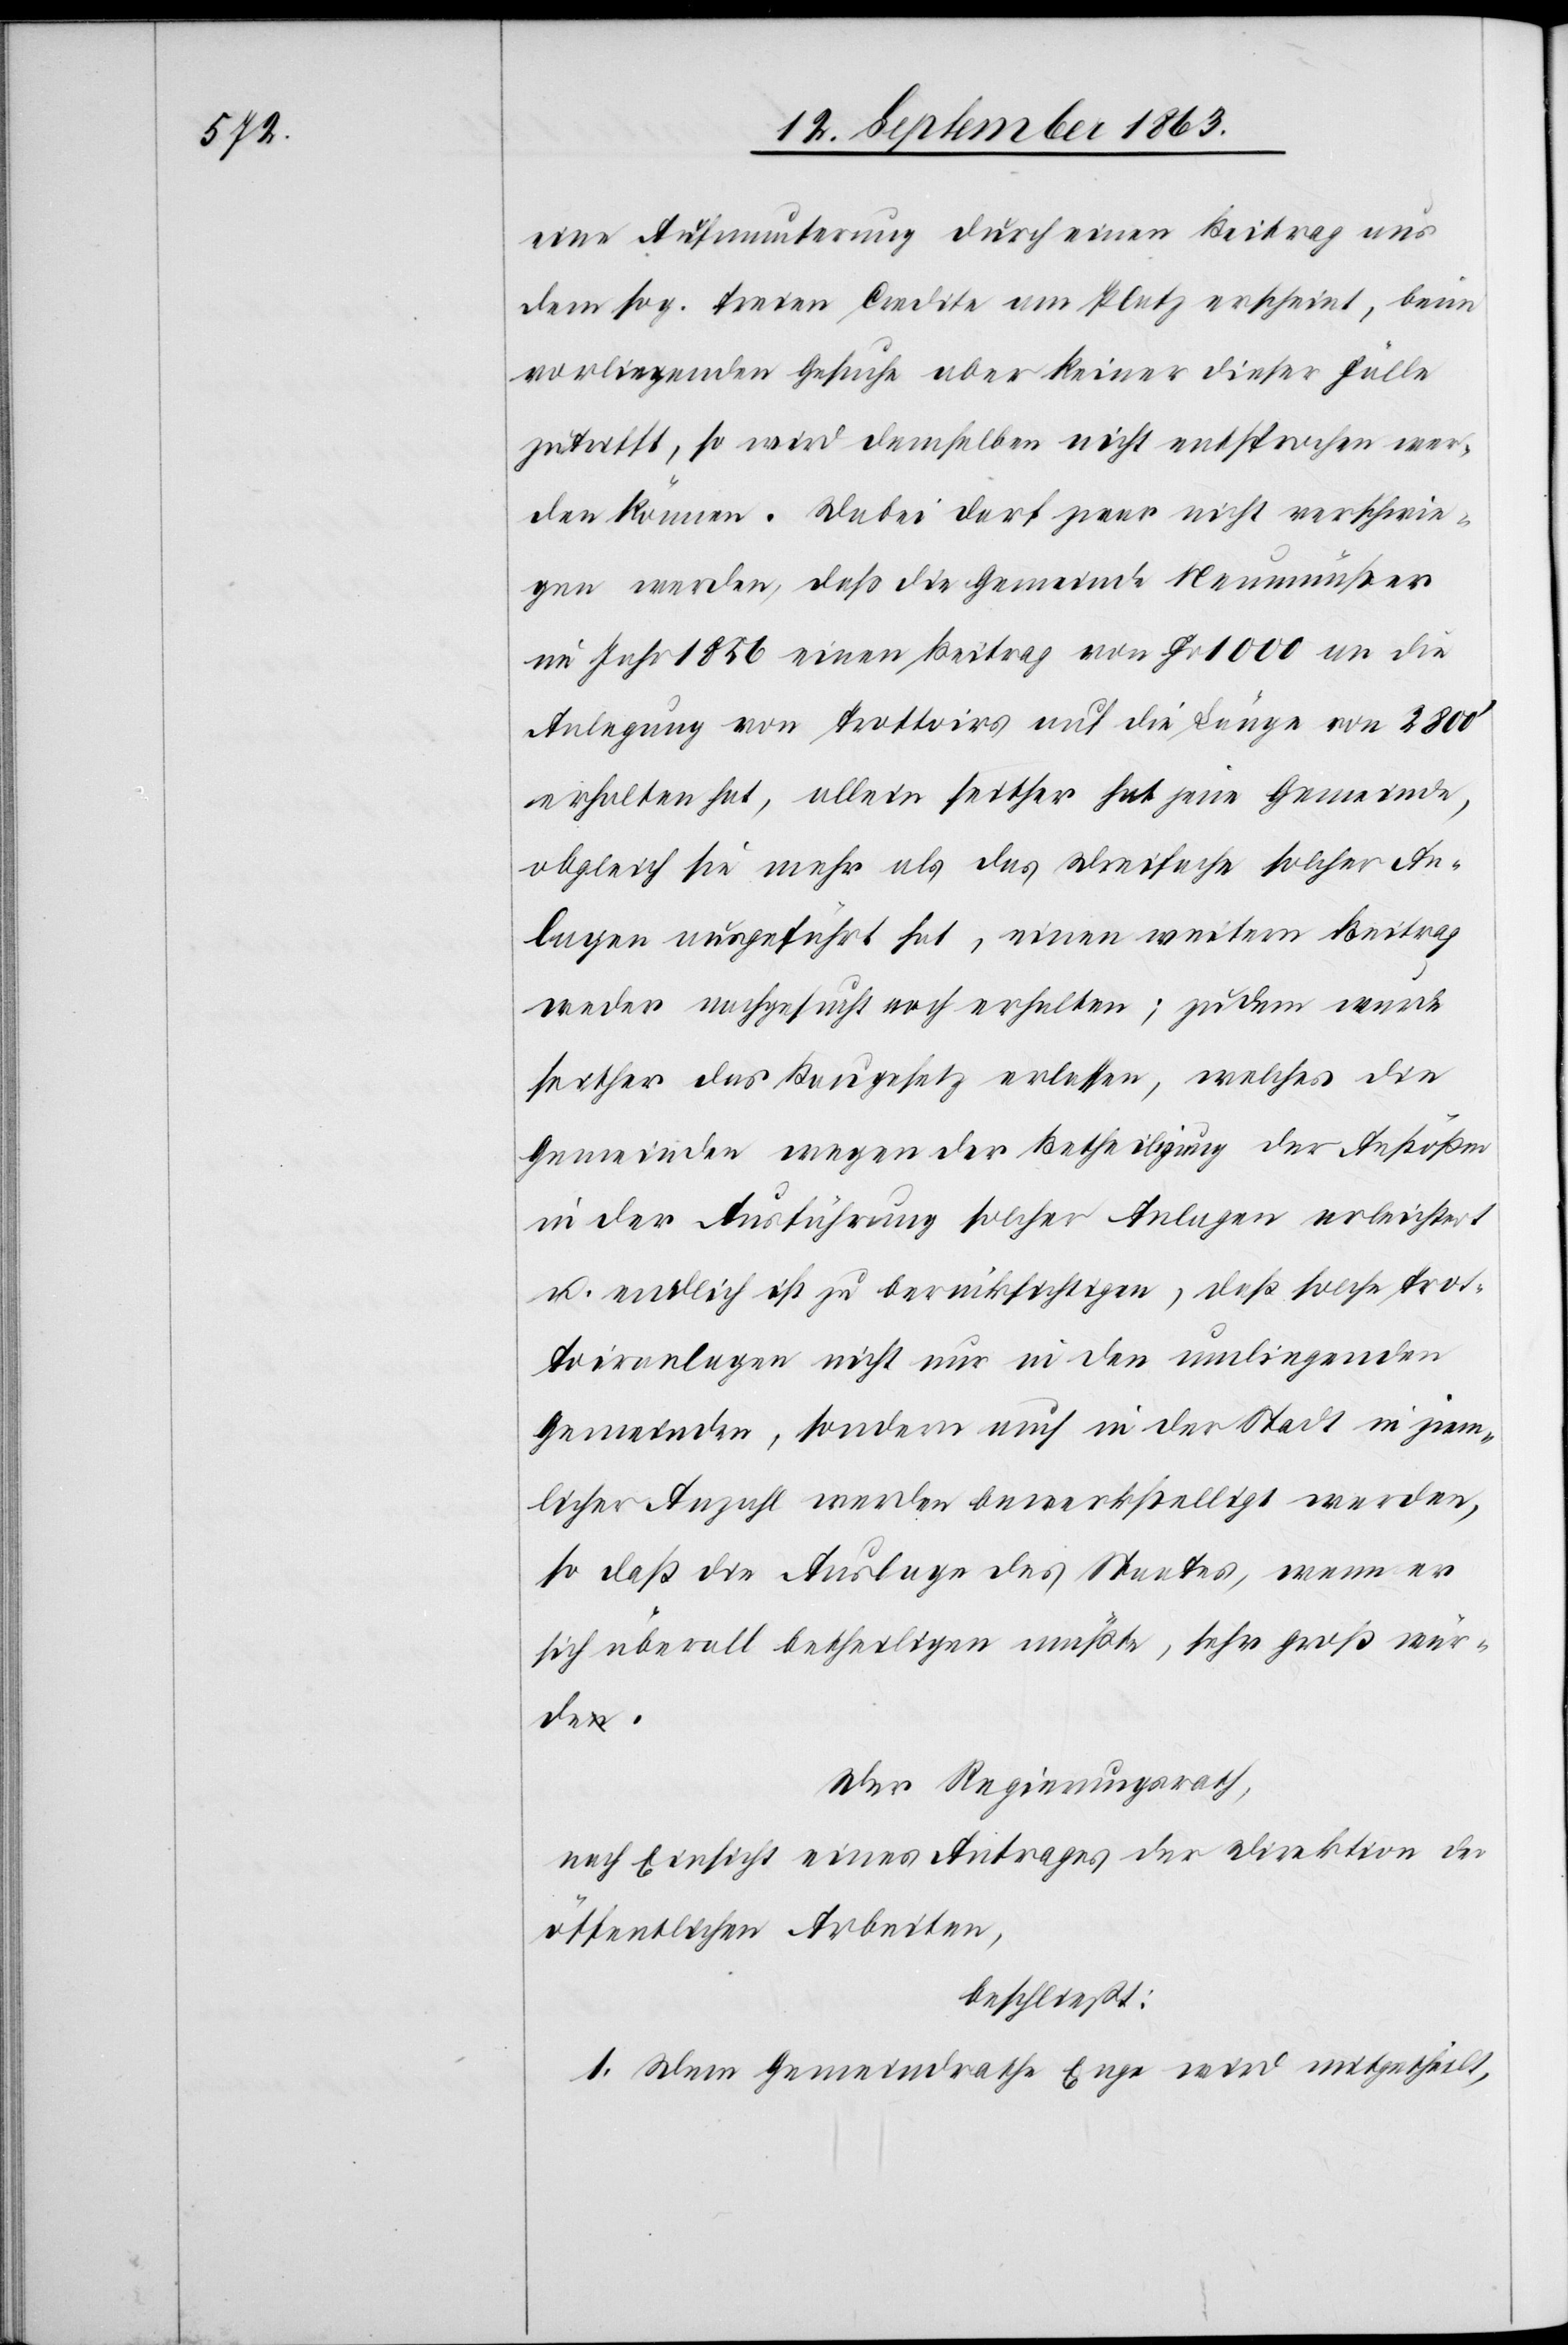
eine Aufmunterung durch einen Beitrag aus
dem sog. freien Credite am Platz erscheint, beim
vorliegenden Gesuche aber keiner dieser Fälle
zutrifft, so wird demselben nicht entsprochen wer¬
den können. Dabei darf zwar nicht verschwie¬
gen werden, daß die Gemeinde Neumünster
im Jahr 1856 einen Beitrag von Fr. 1000 an die
Anlegung von Trottoirs auf die Länge von 2800'
erhalten hat, allein seither hat jene Gemeinde,
obgleich sie mehr als das dreifache solcher An¬
lagen ausgeführt hat, einen weitern Beitrag
weder nachgesucht noch erhalten; zudem wurde
seither das Baugesetz erlassen, welches die
Gemeinden wegen der Betheiligung der Anstößer
in der Ausführung solcher Anlagen erleichtert
u. endlich ist zu berücksichtigen, daß solche Trot¬
toiranlagen nicht nur in den umliegenden
Gemeinden, sondern auch in der Stadt in ziem¬
licher Anzahl werden bewerkstelligt werden,
so daß die Auslage des Staates, wenn er
sich überall betheiligen müßte, sehr groß wür¬
de.
Der Regierungsrath,
nach Einsicht eines Antrages der Direktion der
öffentlichen Arbeiten,
beschließt:
1. Dem Gemeindrathe Enge wird mitgetheilt,